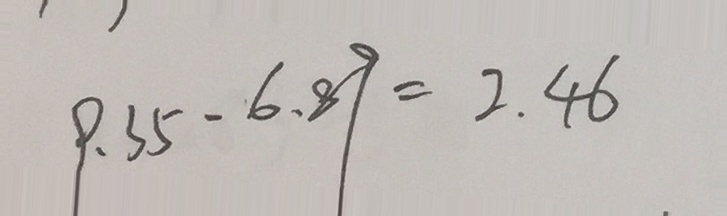
9 . 3 5 - 6 . 8 9 = 2 . 4 6